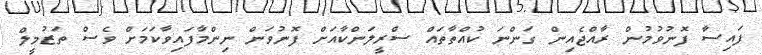
ފައިސާ ފޮނުވުމުން ރާއްޖެއިން ގަންނަ ކުއްތާތައް ސްރީލަންކާއަށް ފޮނުވަން ނިންމާފައިވާކަމަށް ވެސް ތަޒުމީލް